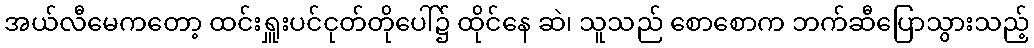
အယ်လီမေကတော့ ထင်းရှူးပင်ငုတ်တိုပေါ်၌ ထိုင်နေ ဆဲ၊ သူသည် စောစောက ဘက်ဆီပြောသွားသည့်